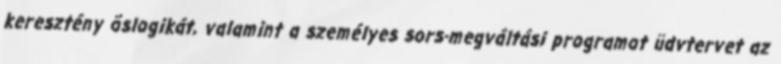
keresztény õslogikát, valamint a személyes sors-megváltási programot üdvtervet az